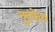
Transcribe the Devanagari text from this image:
गुडफेथ